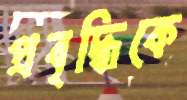
প্রবৃদ্ধিকে